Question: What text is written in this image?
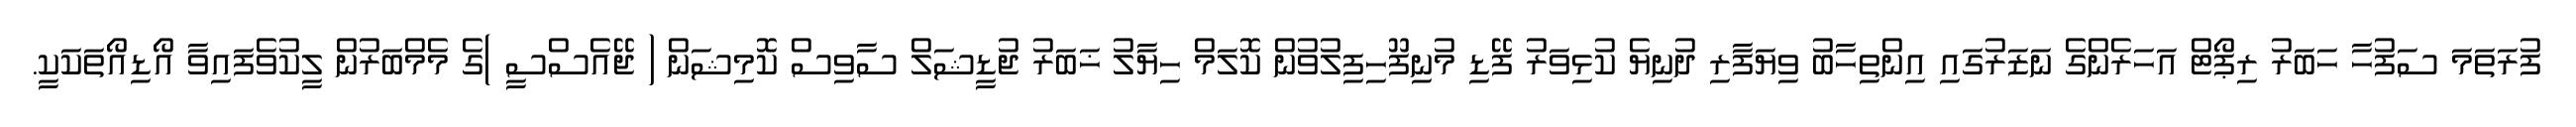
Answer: ފުރަތަމަ ސަފުހާ ހަބަރު ރިޕޯޓް އަހަރެންގެ ނަޒަރުގައި އިންތިހާބު ވިޔަފާރި ދުނިޔެ ކުޅިވަރު ފޭޑި މުނިފޫހިފިލުވުން ކޮލަމް ހިޔާލު ޚަބަރު ޖުޑީޝަލް ސާވިސް ކޮމިޝަން ( ޖޭއެސްސީ )ގެ މެމްބަރުން ލީކުވެފައިވާ އޯޑިއޯތަކަކީ.